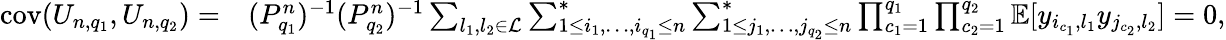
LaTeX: \begin{array}{rl}{{\mathrm{cov}}(U_{n,q_{1}},U_{n,q_{2}})=}&{(P_{q_{1}}^{n})^{-1}(P_{q_{2}}^{n})^{-1}\sum_{l_{1},l_{2}\in\mathcal{L}}\sum_{1\le i_{1},\ldots,i_{q_{1}}\le n}^{*}\sum_{1\le j_{1},\ldots,j_{q_{2}}\le n}^{*}\prod_{c_{1}=1}^{q_{1}}\prod_{c_{2}=1}^{q_{2}}\mathbb{E}[y_{i_{c_{1}},l_{1}}y_{j_{c_{2}},l_{2}}]=0,}\end{array}